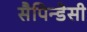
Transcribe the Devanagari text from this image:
सैपिन्डेसी